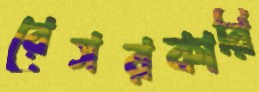
রেসরকারি